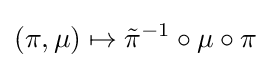
(\pi ,\mu )\mapsto {\tilde {\pi }}^{-1}\circ \mu \circ \pi